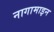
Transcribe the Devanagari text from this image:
नागामाइन